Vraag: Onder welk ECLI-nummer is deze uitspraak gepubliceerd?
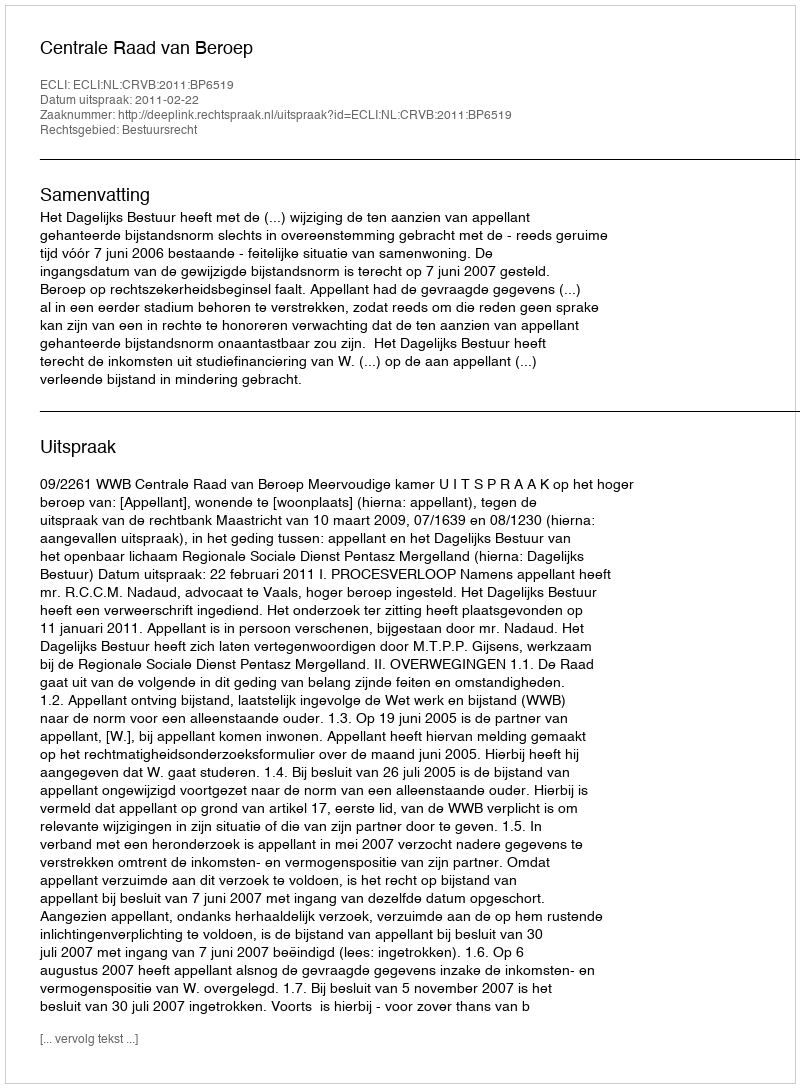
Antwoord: ECLI:NL:CRVB:2011:BP6519